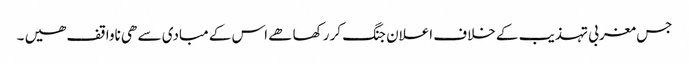
جس مغربی تہذیب کے خلاف اعلان جنگ کر رکھا ھے اس کے مبادی سے ھی ناواقف ھیں ۔